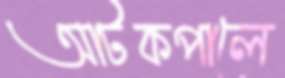
আটকপালে